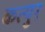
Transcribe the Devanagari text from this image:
कत्युर